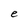
Character: e